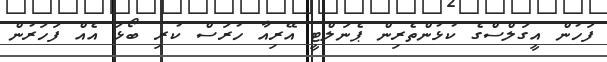
ފަހުން އީގަލްސްގެ ކުޅުންތެރިން ޕެނަލްޓީ އޭރިއާ ހުރަސް ކުރި ބޯޅަ އެއް ފަހަރުން